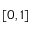
[ 0 , 1 ]